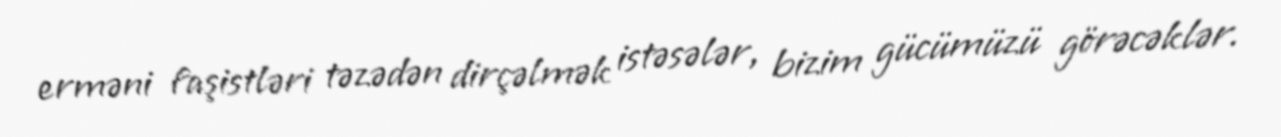
erməni faşistləri təzədən dirçəlmək istəsələr, bizim gücümüzü görəcəklər.